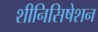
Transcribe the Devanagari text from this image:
शीनिसिषेशन